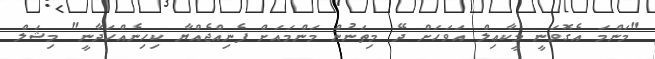
"މަންމަ އެގޮވަނީ މީކާޢިލް އަވަހަށް ދޭ މިތަނުން މަންމައަށް ފެނިއްޖެއްޔާ ކިހިނެއްހަދާނީ" މިޝަލް